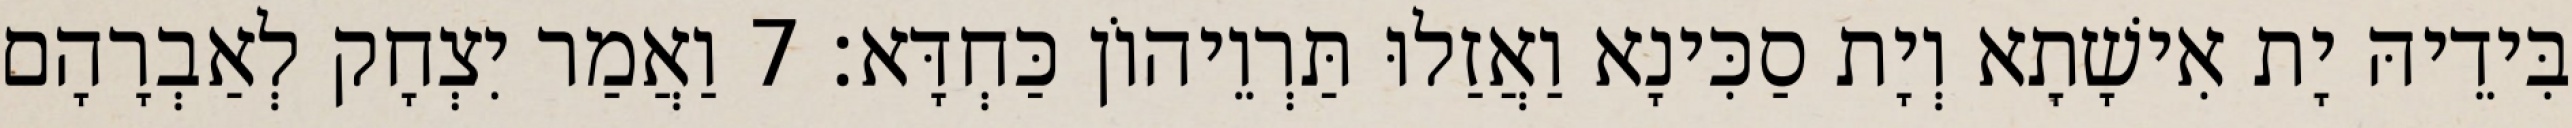
בִּידֵיהּ יָת אִישָׁתָא וְיָת סַכִּינָא וַאֲזַלוּ תַּרְוֵיהוֹן כַּחְדָּא׃ 7 וַאֲמַר יִצְחָק לְאַבְרָהָם